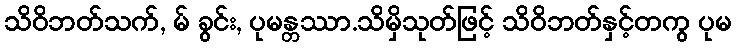
သိဝိဘတ်သက်, မ် ခွင်း, ပုမန္တဿာ.သိမှိသုတ်ဖြင့် သိဝိဘတ်နှင့်တကွ ပုမ